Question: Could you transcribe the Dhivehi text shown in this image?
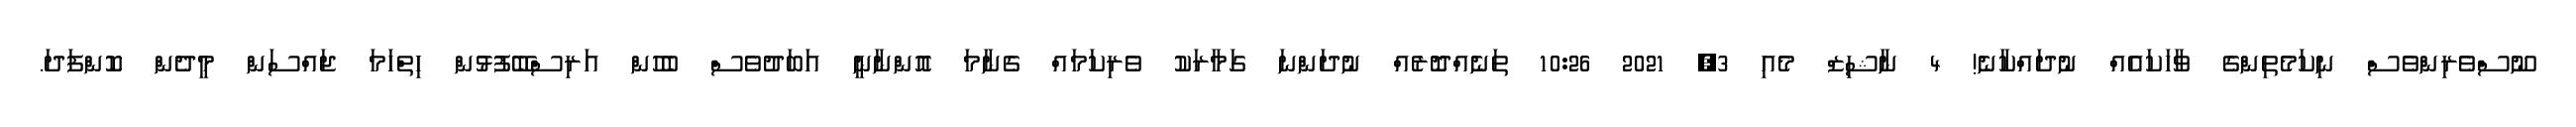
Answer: ނޫސްވެރިންވެސް ނިކަމެތިންގެ ވާހަކައެއް ނުދައްކާނެ! 4 ނާޝިޒް މެއި 3, 2021 10:26 ތަނެއްދޮރެއް ނުދަންނަ ގަމާރަކު ވެރިކަމައް ގެނާމަ އޮންނާނީ އަބަދުވެސް ބެހުން އަރިސްބޭފުޅުން ހިތްހަމަ ޖައްސަން މީދެން ކޮންފަދަ.